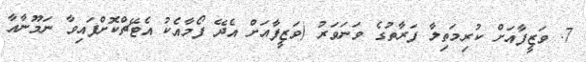
7. ވަޒީފާއަށް ކުރިމަތިލާ ފަރާތުގެ ވަނަވަރު (ވަޒީފާއަށް އެދޭ ފޯމާއެކު އެޓޭޗްކޮށްފައިވާ ނަމޫނާއާ